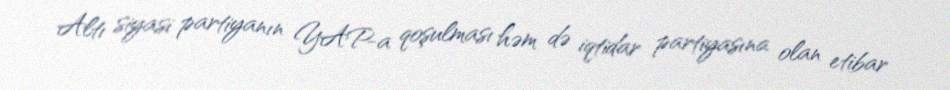
Altı siyasi partiyanın YAP-a qoşulması həm də iqtidar partiyasına olan etibar